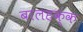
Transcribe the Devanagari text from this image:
बालहक्क